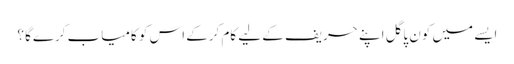
ایسے میں کون پاگل اپنے حریف کے لیے کام کرکے اس کو کامیاب کرےگا ؟